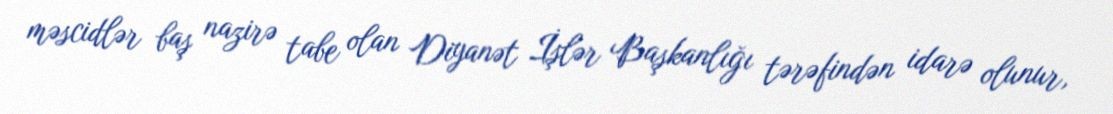
məscidlər baş nazirə tabe olan Diyanət İşlər Başkanlığı tərəfindən idarə olunur,